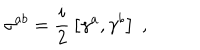
\sigma ^ { a b } = \frac { i } { 2 } \, \left[ \gamma ^ { a } , \gamma ^ { b } \right] \; ,